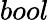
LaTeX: bool